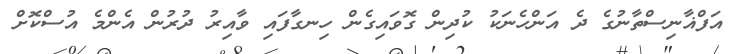
އަފްޣާނިސްތާނުގެ ދެ އަންހެނަކު ކުދިން ގޮވައިގެން ހިނގާފައި ވާއިރު ދުރުން އެންމެ އުސްކޮށް